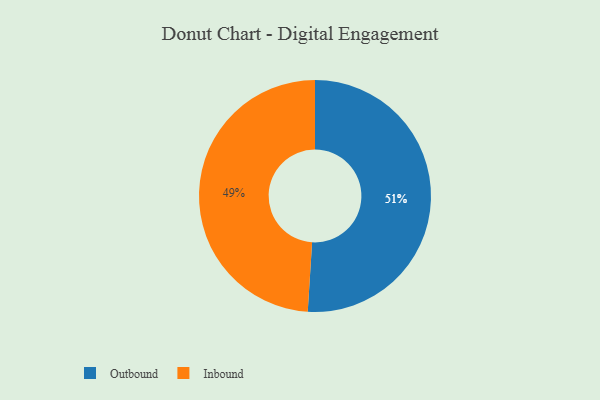
{"axis": {"x": "Category", "y": "Percentage"}, "legend": ["Inbound", "Outbound"], "data": [{"x": "Outbound", "y": 51, "type": "Outbound"}, {"x": "Inbound", "y": 49, "type": "Inbound"}]}